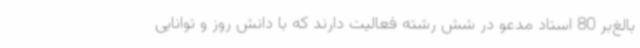
بالغ‌بر 80 استاد مدعو در شش رشته فعالیت دارند که با دانش روز و توانایی